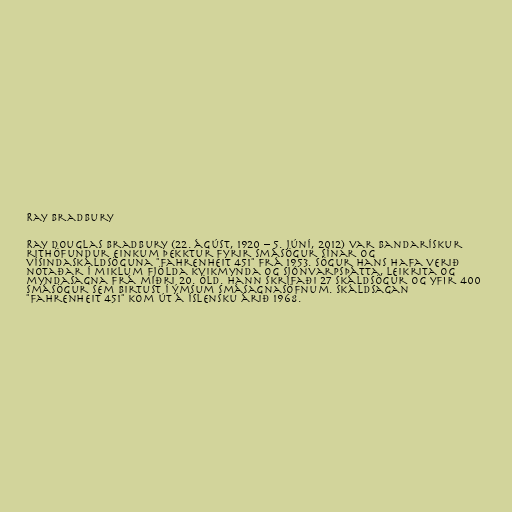
Ray Bradbury

Ray Douglas Bradbury (22. ágúst, 1920 – 5. júní, 2012) var bandarískur
rithöfundur einkum þekktur fyrir smásögur sínar og
vísindaskáldsöguna "Fahrenheit 451" frá 1953. Sögur hans hafa verið
notaðar í miklum fjölda kvikmynda og sjónvarpsþátta, leikrita og
myndasagna frá miðri 20. öld. Hann skrifaði 27 skáldsögur og yfir 400
smásögur sem birtust í ýmsum smásagnasöfnum. Skáldsagan
"Fahrenheit 451" kom út á íslensku árið 1968.